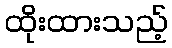
ထိုးထားသည့်